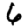
Digit: 6